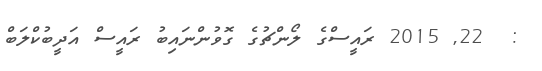
:  22